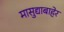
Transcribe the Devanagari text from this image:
मासुद्याबाहेर